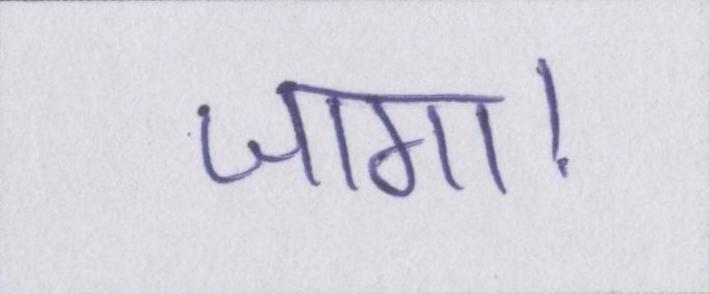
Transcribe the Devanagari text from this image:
जागा।